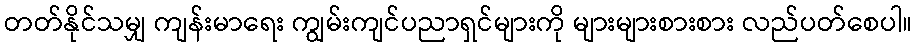
တတ်နိုင်သမျှ ကျန်းမာရေး ကျွမ်းကျင်ပညာရှင်များကို များများစားစား လည်ပတ်စေပါ။